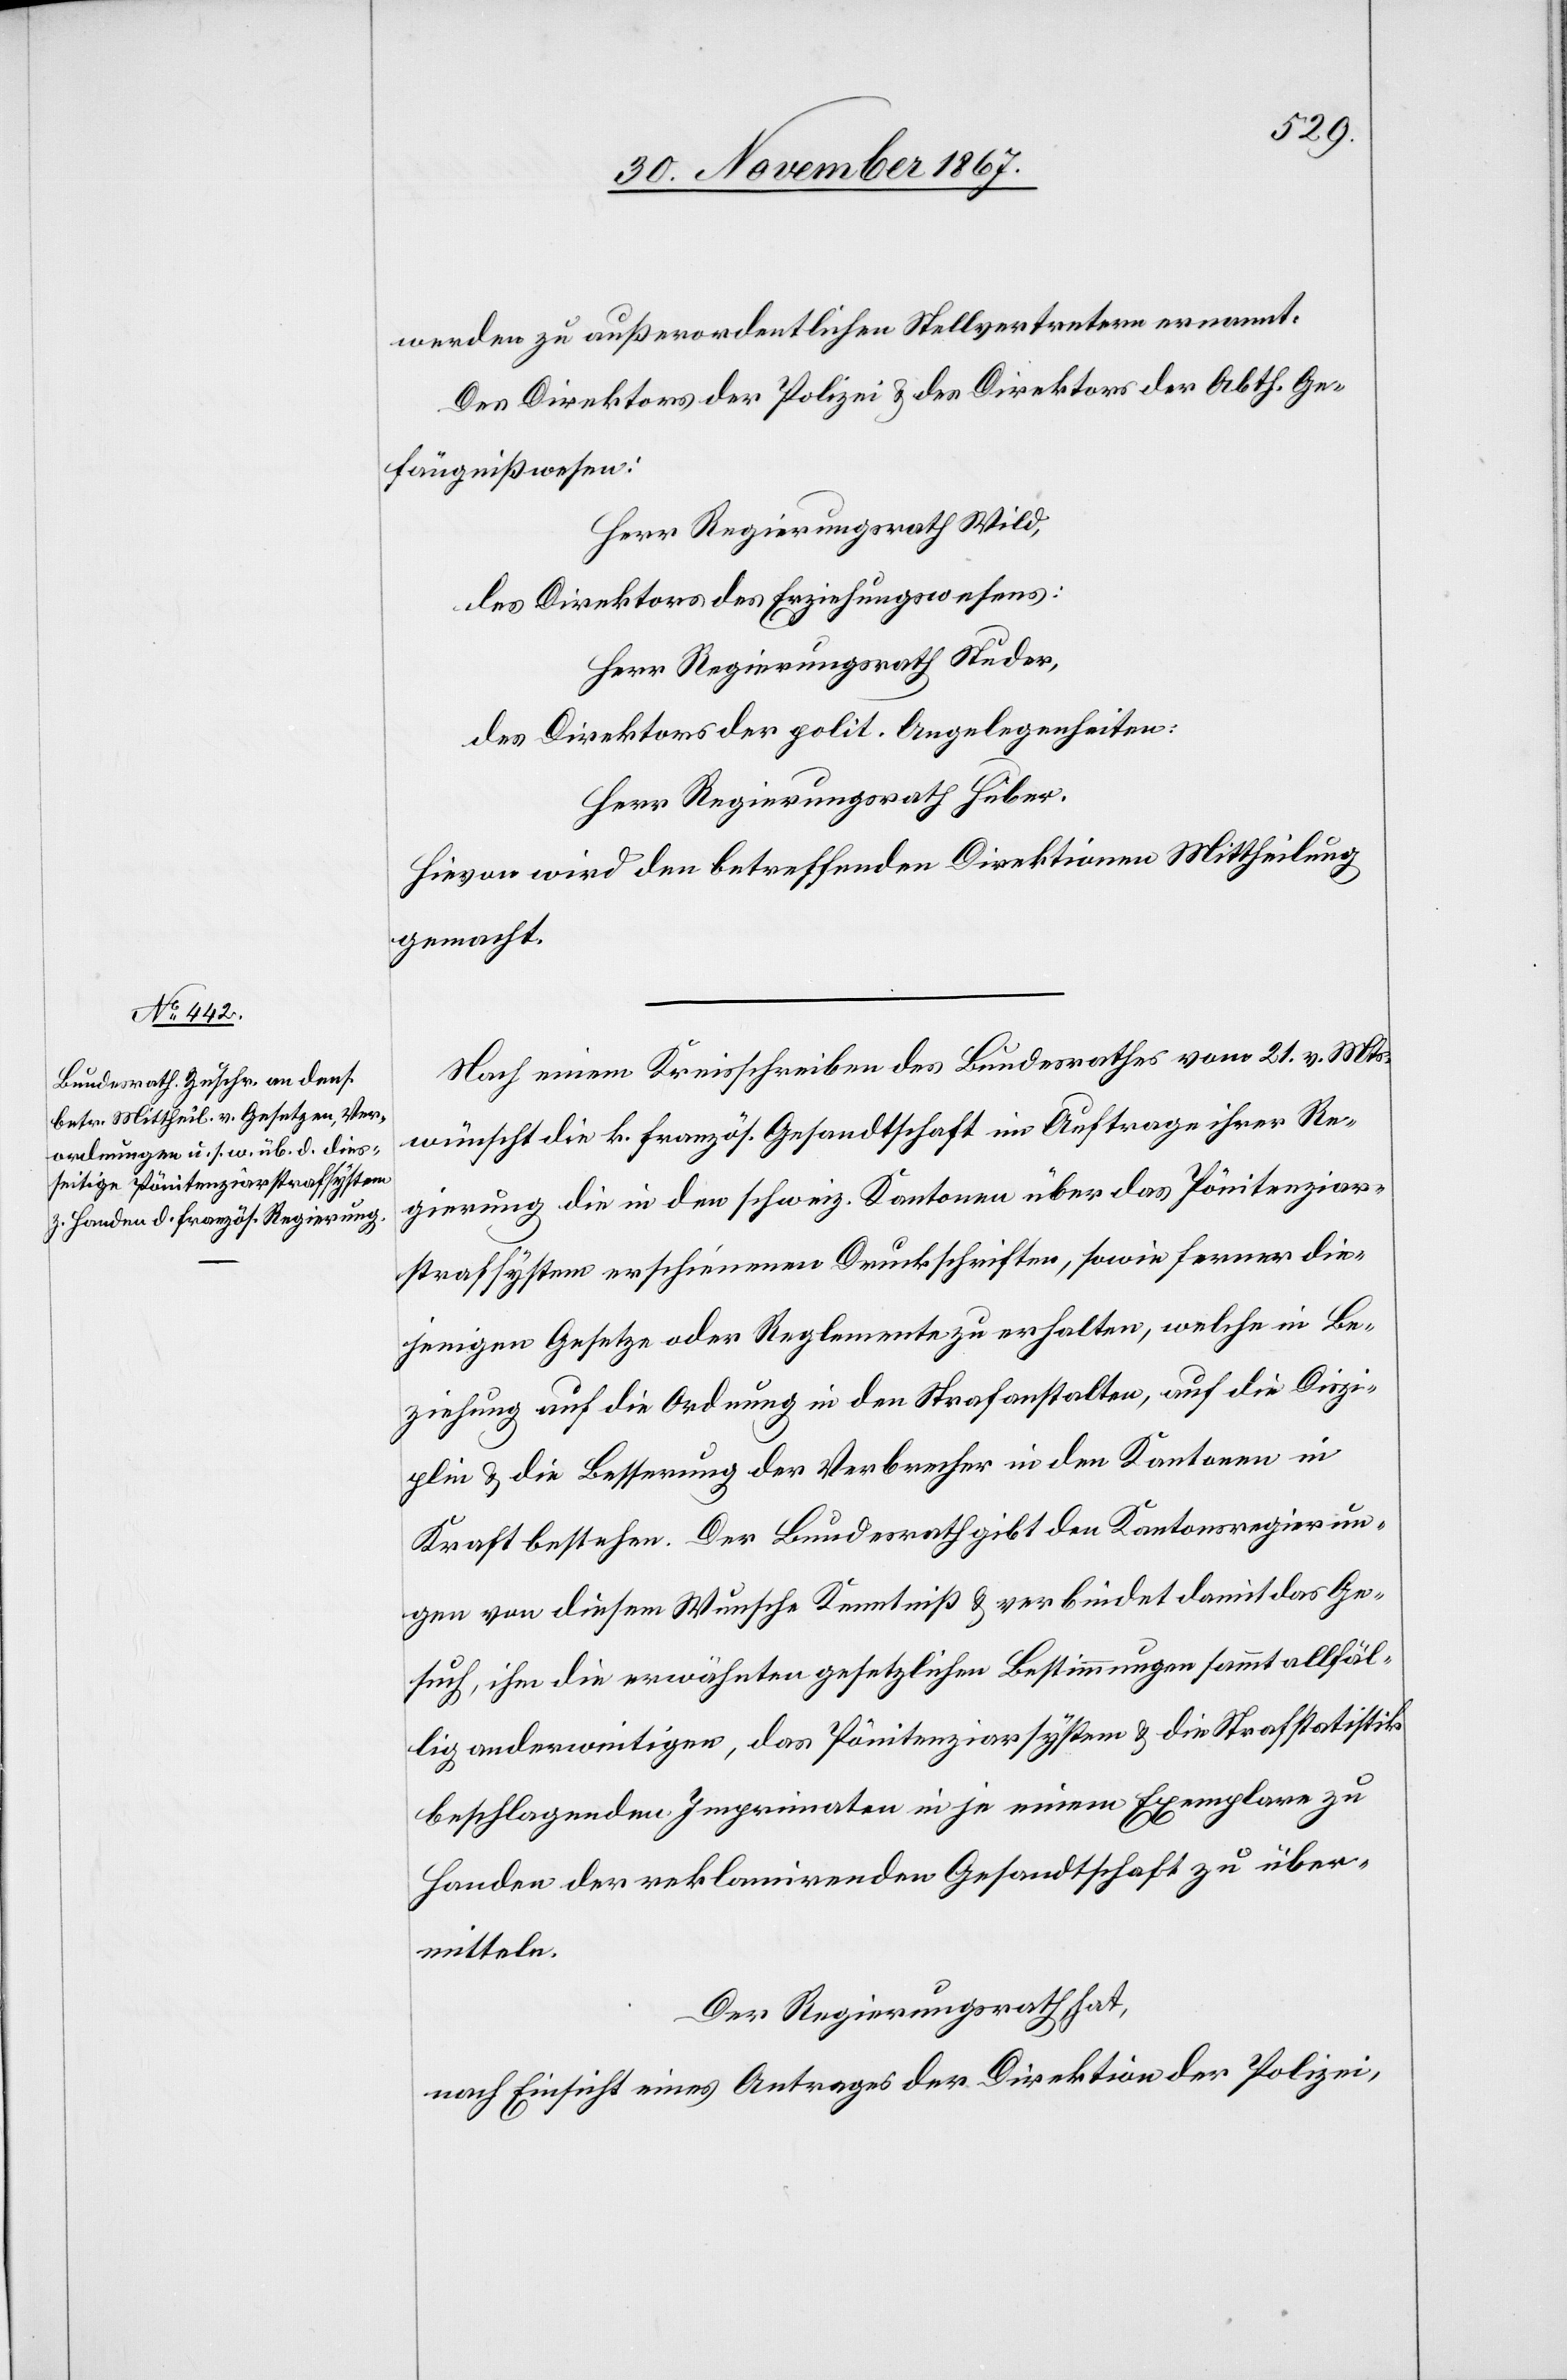
werden zu außerordentlichen Stellvertretern ernannt:
Des Direktors der Polizei u. des Direktors der Abth. Ge¬
fängnißwesen:
Herr Regierungsrath Wild,
des Direktors des Erziehungswesens:
Herr Regierungsrath Studer,
des Direktors der polit. Angelegenheiten:
Herr Regierungsrath Huber.
Hievon wird den betreffenden Direktionen Mittheilung
gemacht.
Nach einem Kreisschreiben des Bundesrathes vom 21. v. Mts
wünscht die k. französische Gesandtschaft im Auftrage ihrer Re¬
gierung die in dem schweiz. Kantonen über das Pönitenziar¬
strafsystem erschienenen Druckschriften, sowie ferner die¬
jenigen Gesetze oder Reglemente zu erhalten, welche in Be¬
ziehung auf die Ordnung in den Strafanstalten, auf die Diszi¬
plin u. die Besserung der Verbrecher in den Kantonen in
Kraft bestehen. Der Bundesrath gibt den Kantonsregierun¬
gen von diesem Wunsche Kenntniß u. verbindet damit das Ge¬
such, ihm die erwähnten gesetzlichen Bestimmungen sammt allfäl¬
lig anderweitiger, das Pönitenziarsystem u. die Strafstatistik
beschlagenden Imprimaten in je einem Exemplar zu
Handen der reklamirenden Gesandtschaft zu über¬
mitteln.
Der Regierungsrath hat,
nach Einsicht eines Antrages der Direktion der Polizei;